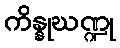
ကိန္နုဃဏ္ဍု